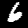
Digit: 6